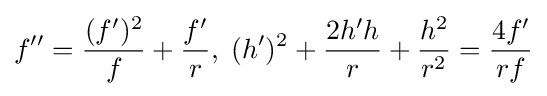
f^{\prime \prime }={\frac {(f^{\prime })^{2}}{f}}+{\frac {f^{\prime }}{r}},\;(h^{\prime })^{2}+{\frac {2h^{\prime }h}{r}}+{\frac {h^{2}}{r^{2}}}={\frac {4f^{\prime }}{rf}}